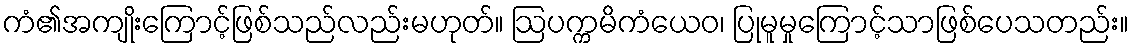
ကံ၏အကျိုးကြောင့်ဖြစ်သည်လည်းမဟုတ်။ ဩပက္ကမိကံယေဝ၊ ပြုမူမှုကြောင့်သာဖြစ်ပေသတည်း။